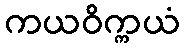
ကယဝိက္ကယံ